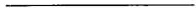
___